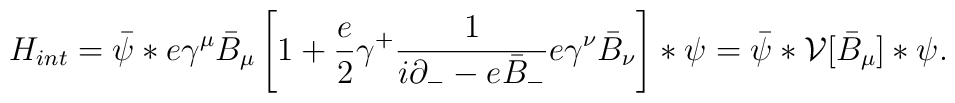
{ H}_{int} =  \bar{\psi} * e \gamma^\mu \bar{B}_\mu \left[1 + \frac{e}{2} \gamma^{+} \frac{1}{i \partial_{-} - e\bar{B}_{-}}  e \gamma^{\nu} \bar{B}_{\nu} \right] \ast \psi =\bar{\psi} \ast {\cal V}[\bar{B}_\mu] \ast \psi.